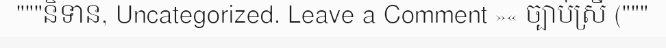
"""និទាន, Uncategorized. Leave a Comment »« ច្បាប់ស្រី ("""